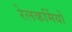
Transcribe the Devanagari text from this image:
रेलकर्मियों